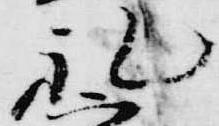
礼